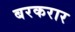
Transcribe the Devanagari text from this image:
बरकरार